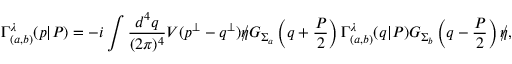
\Gamma _ { ( a , b ) } ^ { \lambda } ( p | { \cal P } ) = - i \int \frac { d ^ { 4 } q } { ( 2 \pi ) ^ { 4 } } V ( p ^ { \bot } - q ^ { \bot } ) \rlap / \eta G _ { \Sigma _ { a } } \left( q + \frac { { \cal P } } { 2 } \right) \Gamma _ { ( a , b ) } ^ { \lambda } ( q | { \cal P } ) G _ { \Sigma _ { b } } \left( q - \frac { { \cal P } } { 2 } \right) \rlap / \eta ,